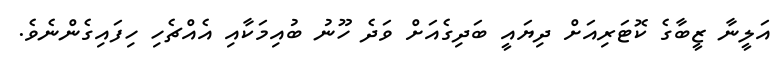
އަލީނާ ޒީބާގެ ކޮޓަރިއަށް ދިޔައީ ބަދިގެއަށް ވަދެ ހޫނު ބުއިމަކާއި އެއްޗެހި ހިފައިގެންނެވެ.